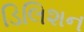
ડિલિશન